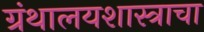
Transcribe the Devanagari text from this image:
ग्रंथालयशास्त्राचा